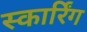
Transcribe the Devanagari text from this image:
स्कार्रिंग